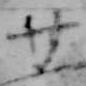
廿